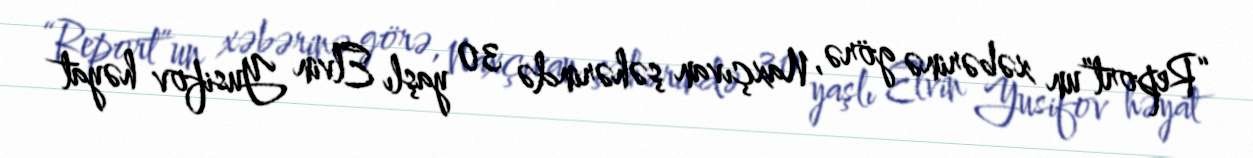
“Report”un xəbərinə görə, Naxçıvan şəhərində 30 yaşlı Elvin Yusifov həyat